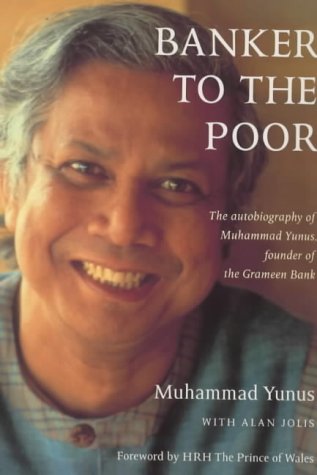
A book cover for Banker to the Poor: The Autobiography of Muhammad Yunus; Muhammad Yunus; Business & Money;